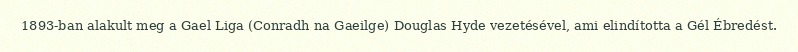
1893-ban alakult meg a Gael Liga (Conradh na Gaeilge) Douglas Hyde vezetésével, ami elindította a Gél Ébredést.